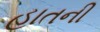
હાતની